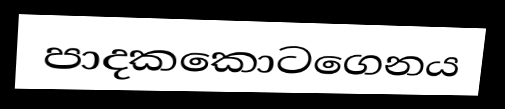
පාදකකොටගෙනය